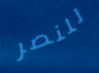
للنصر